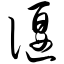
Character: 偃